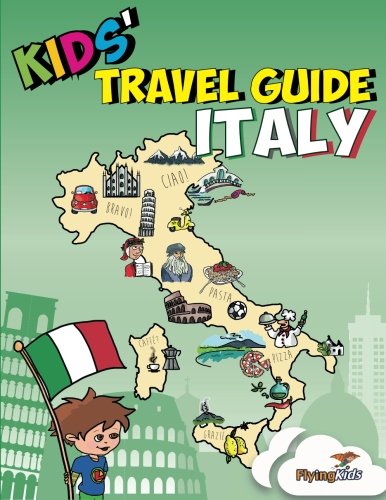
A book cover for Kids' Travel Guide - Italy: No matter where you visit in Italy - kids enjoy fascinating facts, fun activities, useful tips, quizzes and Leonardo! (Kids' Travel Guides) (Volume 6); Shiela H Leon; Children's Books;